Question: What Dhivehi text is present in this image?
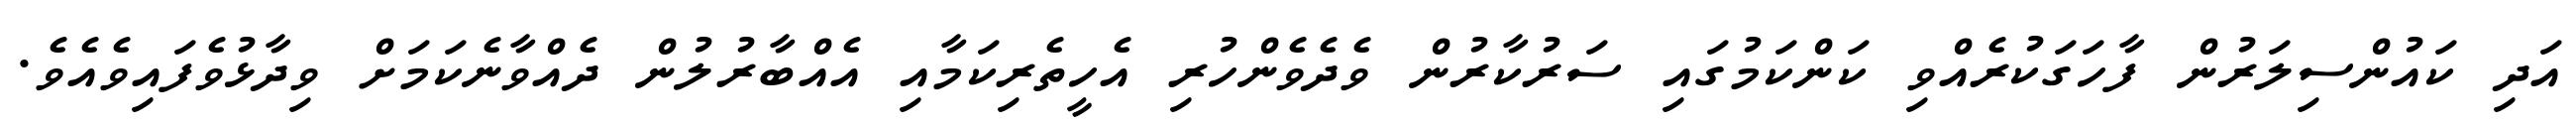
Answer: އަދި ކައުންސިލަރުން ފާހަގަކުރެއްވި ކަންކަމުގައި ސަރުކާރުން ވެދެވެންހުރި އެހީތެރިކަމާއި އެއްބާރުލުން ދެއްވާނެކަމަށް ވިދާޅުވެފައިވެއެވެ.